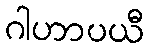
ဂါဟာပယီ